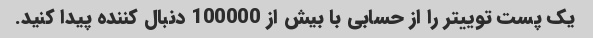
یک پست توییتر را از حسابی با بیش از 100000 دنبال کننده پیدا کنید.